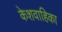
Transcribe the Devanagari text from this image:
केशवाहिका